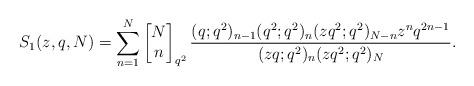
LaTeX: \begin{align*}S_1(z, q, N)=\sum_{n=1}^{N}\left[\begin{matrix} N\\n\end{matrix}\right]_{q^2} \frac{(q;q^2)_{n-1}(q^2;q^2)_{n}(zq^2;q^2)_{N-n} z^nq^{2n-1}}{(zq;q^2)_{n}(zq^2;q^2)_{N}}.\end{align*}